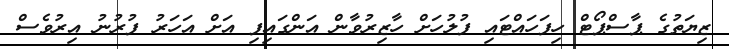
ޒިޔަތުގެ ޕާސްޕޯޓް ހިފަހައްޓައި ފުލުހަށް ހާޒިރުވާން އަންގައިފި އަށް އަހަރު ފުރުނު އިރުވެސް